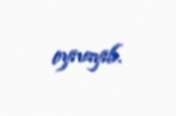
oynayıb.